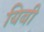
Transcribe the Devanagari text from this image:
यिबी